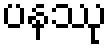
ပနဿု